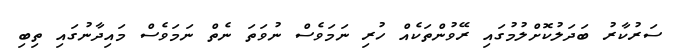
ސަރުކާރު ބަދަލުކޮށްލުމުގައި ރޭވުންތަކެއް ހުރި ނަމަވެސް ނުވަތަ ނެތް ނަމަވެސް މައިދާނުގައި ތިބި